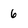
Character: 6